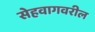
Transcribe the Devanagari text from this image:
सेहवागवरील